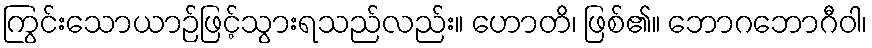
ကြွင်းသောယာဉ်ဖြင့်သွားရသည်လည်း။ ဟောတိ၊ ဖြစ်၏။ ဘောဂဘောဂီဝါ၊